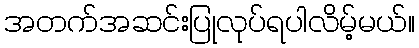
အတက်အဆင်းပြုလုပ်ရပါလိမ့်မယ်။